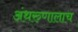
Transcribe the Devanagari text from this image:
अंथरुणालाच